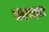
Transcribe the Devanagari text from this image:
सदबहार